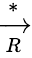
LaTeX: \xrightarrow[{R}]{*}